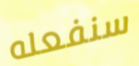
سنفعله